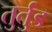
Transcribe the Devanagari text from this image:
तुर्तुड